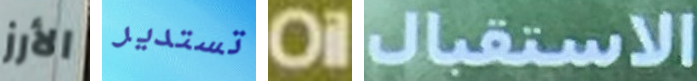
الأرز تستدير Oil الاستقبال